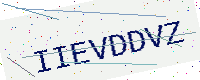
Text: IIEVDDVZ